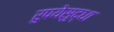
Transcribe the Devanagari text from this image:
रुपयेसुद्धा